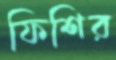
ফিশির